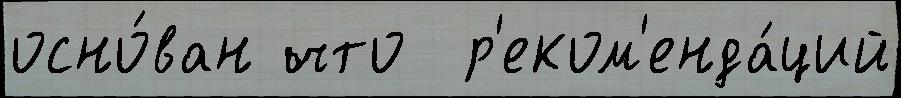
осно́ван что  р'еком'енда́ций